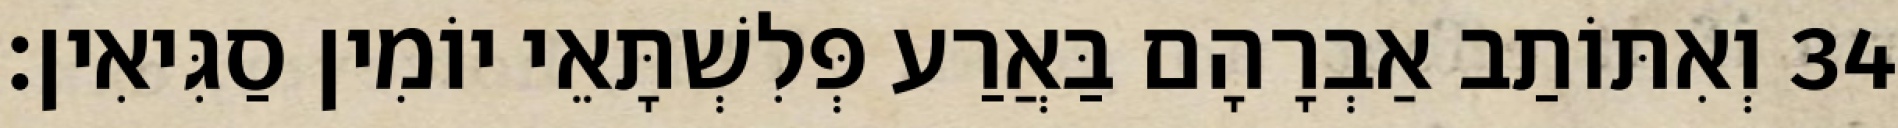
34 וְאִתּוֹתַב אַבְרָהָם בַּאֲרַע פְּלִשְׁתָּאֵי יוֹמִין סַגִּיאִין׃